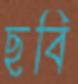
ছবি